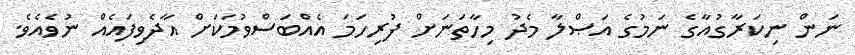
ނަން ނިކަރާގުއާގެ ނަމުގެ އަޞްލާ މެދު މިހާތަނަށް ފުރިހަމަ އެއްބަސްވުމަކަށް އާދެވިފައެއް ނުވެއެވެ.